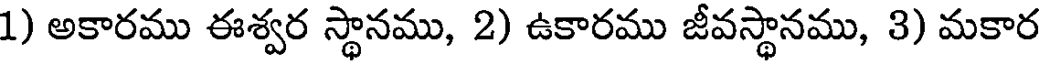
1) అకారము ఈశ్వర స్థానము, 2) ఉకారము జీవస్థానము, 3) మకార